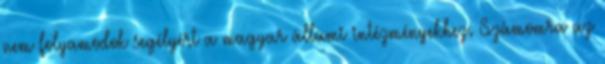
nem folyamodok segélyért a magyar állami intézményekhez. Számomra az